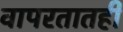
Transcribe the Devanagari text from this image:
वापरतातही